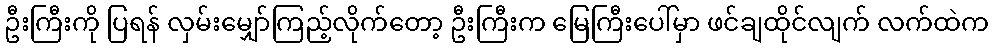
ဦးကြီးကို ပြရန် လှမ်းမျှော်ကြည့်လိုက်တော့ ဦးကြီးက မြေကြီးပေါ်မှာ ဖင်ချထိုင်လျက် လက်ထဲက